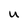
Character: U